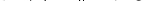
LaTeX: \smash{\mathcal{D}_{\perp},D_{\parallel}\to 0}